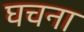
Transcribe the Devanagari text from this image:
घचना